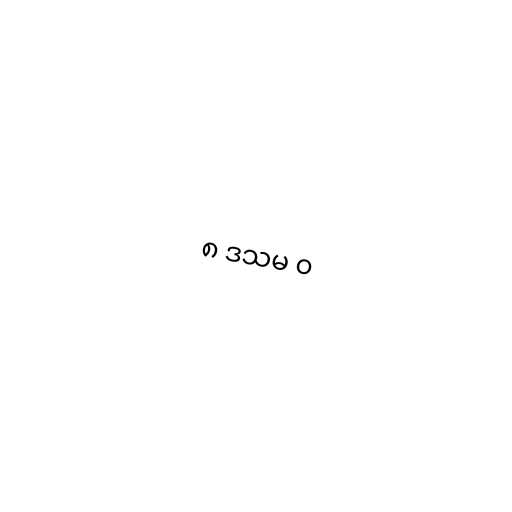
၈ ဒသမ ၀